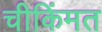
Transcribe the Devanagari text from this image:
चीकिंमत